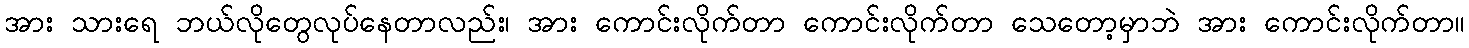
အား သားရေ ဘယ်လိုတွေလုပ်နေတာလည်း၊ အား ကောင်းလိုက်တာ ကောင်းလိုက်တာ သေတော့မှာဘဲ အား ကောင်းလိုက်တာ။